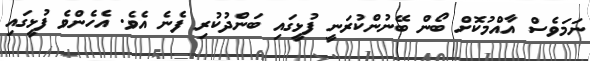
ނަމަވެސް އާއްމުކޮށް ބޯން ބޭނުންކުރަނީ ފުޅީގައި ބަންދުކުރި ފެނެ އެވެ. އެހެންވެ ފުޅީގައި